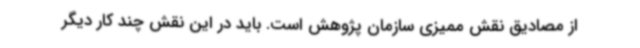
از مصادیق نقش ممیزی سازمان پژوهش است. باید در این نقش چند کار دیگر